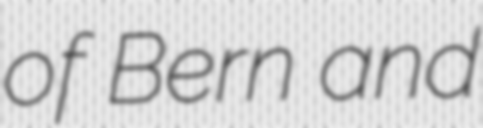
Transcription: of Bern and